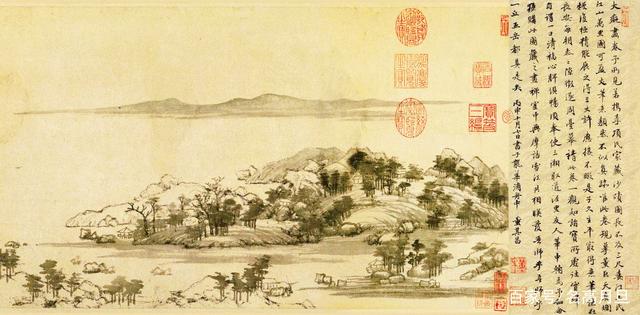
柳暝河桥，莺晴台苑，短策频惹春香。